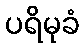
ပရိမုခံ